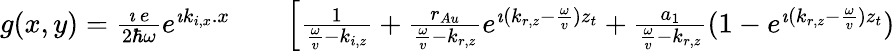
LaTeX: \begin{array}{rlr}{g(x,y)=\frac{\imath\, e}{2\hbar\omega}e^{\imath k_{i,x}.x}}&{{}}&{\left[\frac{1}{\frac{\omega}{v}-k_{i,z}}+\frac{r_{Au}}{\frac{\omega}{v}-k_{r,z}}e^{\imath(k_{r,z}-\frac{\omega}{v})z_{t}}+\frac{a_{1}}{\frac{\omega}{v}-k_{r,z}}(1-e^{\imath(k_{r,z}-\frac{\omega}{v})z_{t}})\right.}\end{array}